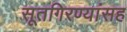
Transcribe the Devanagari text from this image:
सूतगिरण्यांसह